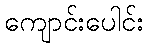
ကျောင်းပေါင်း